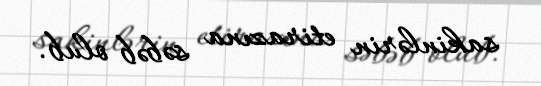
sakinlərin etirazına səbəb olub.